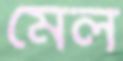
মেল